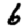
Digit: 6